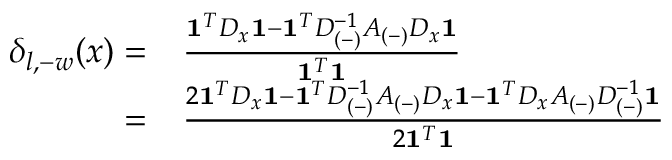
\begin{array} { r l } { \delta _ { l , - w } ( x ) = } & { \frac { \mathbf { 1 } ^ { T } D _ { x } \mathbf { 1 } - \mathbf { 1 } ^ { T } D _ { ( - ) } ^ { - 1 } A _ { ( - ) } D _ { x } \mathbf { 1 } } { \mathbf { 1 } ^ { T } \mathbf { 1 } } } \\ { = } & { \frac { 2 \mathbf { 1 } ^ { T } D _ { x } \mathbf { 1 } - \mathbf { 1 } ^ { T } D _ { ( - ) } ^ { - 1 } A _ { ( - ) } D _ { x } \mathbf { 1 } - \mathbf { 1 } ^ { T } D _ { x } A _ { ( - ) } D _ { ( - ) } ^ { - 1 } \mathbf { 1 } } { 2 \mathbf { 1 } ^ { T } \mathbf { 1 } } \, } \end{array}